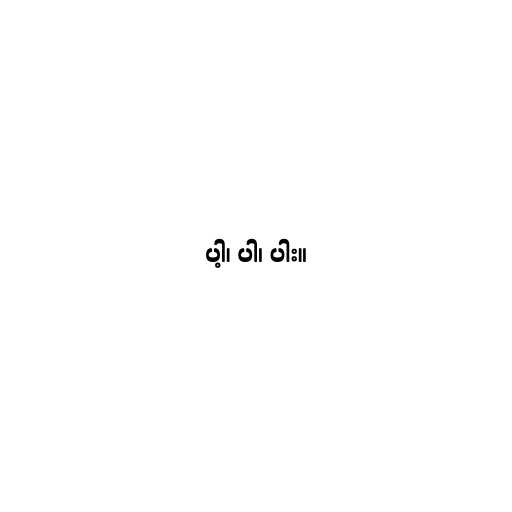
ပါ့၊ ပါ၊ ပါး။